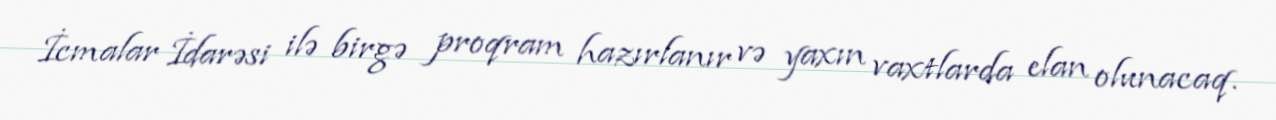
İcmalar İdarəsi ilə birgə proqram hazırlanır və yaxın vaxtlarda elan olunacaq.